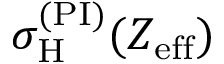
\sigma _ { \mathrm { H } } ^ { ( \mathrm { P I } ) } ( Z _ { \mathrm { e f f } } )